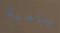
ساخنة